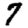
Digit: 7